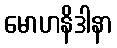
မောဟနိဒါနာ